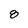
Character: 8